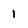
Character: 1